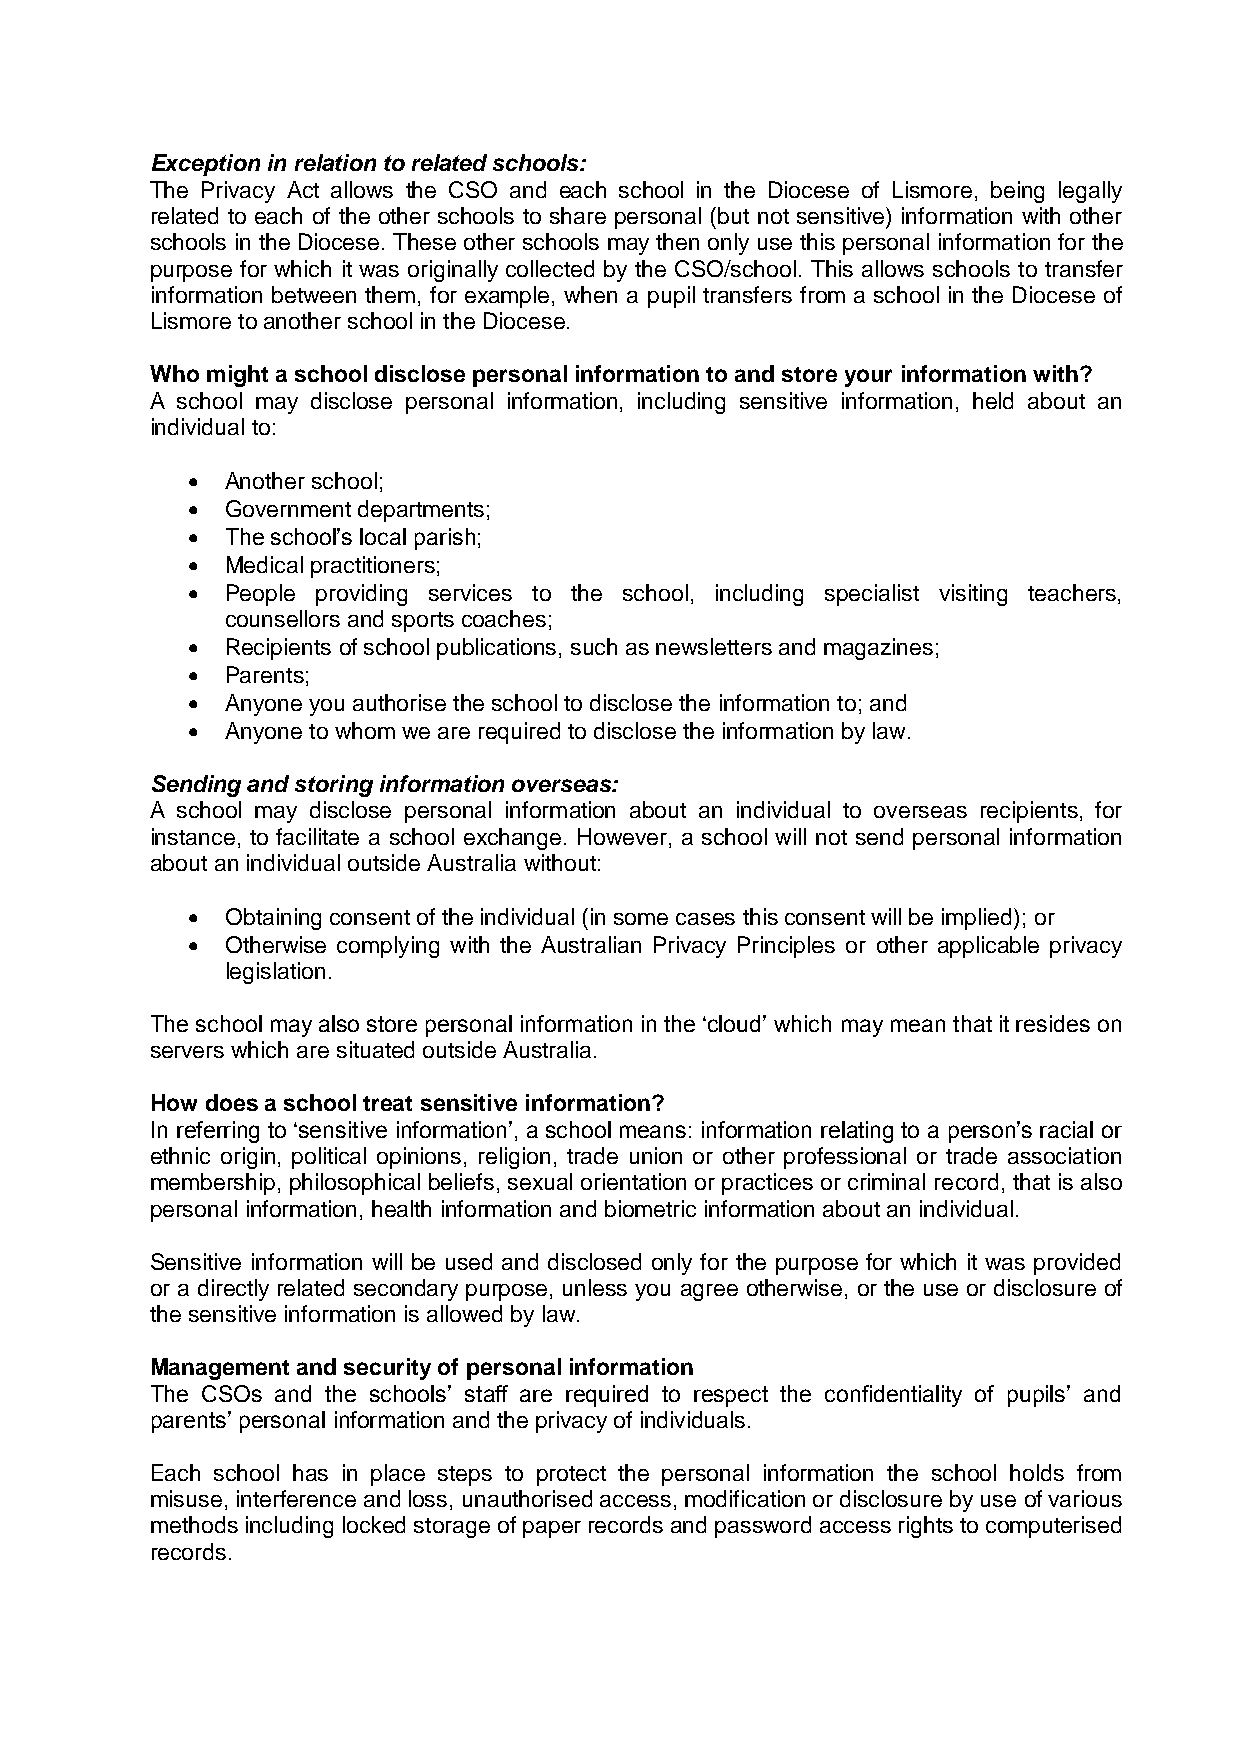
Exception in relation to related schools:
 The Privacy Act allows the CSO and each school in the Diocese of Lismore, being legally
 related to each of the other schools to share personal (but not sensitive) information with other
 schools in the Diocese. These other schools may then only use this personal information for the
 purpose for which it was originally collected by the CSO/school. This allows schools to transfer
 information between them, for example, when a pupil transfers from a school in the Diocese of
 Lismore to another school in the Diocese.
 Who might a school disclose personal information to and store your information with?
 A school may disclose personal information, including sensitive information, held about an
 individual to:
   Another school;
   Government departments;
   The school’s local parish;
   Medical practitioners;
   People providing services to the school, including specialist visiting teachers,
 counsellors and sports coaches;
   Recipients of school publications, such as newsletters and magazines;
   Parents;
   Anyone you authorise the school to disclose the information to; and
   Anyone to whom we are required to disclose the information by law.
 Sending and storing information overseas:
 A school may disclose personal information about an individual to overseas recipients, for
 instance, to facilitate a school exchange. However, a school will not send personal information
 about an individual outside Australia without:
   Obtaining consent of the individual (in some cases this consent will be implied); or
   Otherwise complying with the Australian Privacy Principles or other applicable privacy
 legislation.
 The school may also store personal information in the ‘cloud’ which may mean that it resides on
 servers which are situated outside Australia.
 How does a school treat sensitive information?
 In referring to ‘sensitive information’, a school means: information relating to a person’s racial or
 ethnic origin, political opinions, religion, trade union or other professional or trade association
 membership, philosophical beliefs, sexual orientation or practices or criminal record, that is also
 personal information, health information and biometric information about an individual.
 Sensitive information will be used and disclosed only for the purpose for which it was provided
 or a directly related secondary purpose, unless you agree otherwise, or the use or disclosure of
 the sensitive information is allowed by law.
 Management and security of personal information
 The CSOs and the schools’ staff are required to respect the confidentiality of pupils’ and
 parents’ personal information and the privacy of individuals.
 Each school has in place steps to protect the personal information the school holds from
 misuse, interference and loss, unauthorised access, modification or disclosure by use of various
 methods including locked storage of paper records and password access rights to computerised
 records.